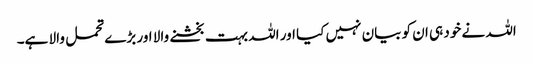
اللہ نے خود ہی ان کو بیان نہیں کیا اور اللہ بہت بخشنے والا اور بڑے تحمل والا ہے۔